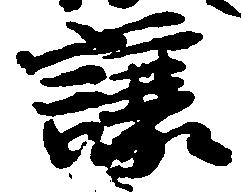
譲